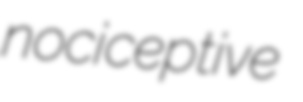
nociceptive